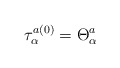
\begin{align*}\tau_\alpha^{a(0)} = \Theta_\alpha^a \end{align*}